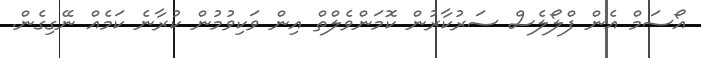
އޯސަމް އެން ފްލޯލެސް ސަރުކާރުން ކޮމަންވެލްތް އިން ވަކިވުމުން ކުރާނެ ކަމެއް ނޭގިގެން.